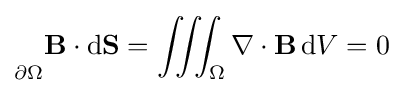
{\vphantom {\oint }}_{\scriptstyle \partial \Omega }\mathbf {B} \cdot \mathrm {d} \mathbf {S} =\iiint _{\Omega }\nabla \cdot \mathbf {B} \,\mathrm {d} V=0